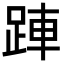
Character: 𬦲